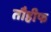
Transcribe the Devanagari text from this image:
तौहीफ